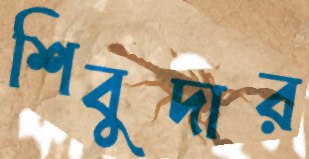
শিবুদার